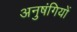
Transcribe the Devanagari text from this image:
अनुषंगियों